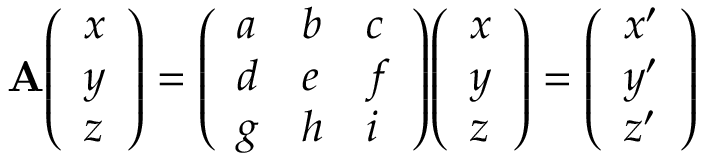
\mathbf { A } { \left( \begin{array} { l } { x } \\ { y } \\ { z } \end{array} \right) } = { \left( \begin{array} { l l l } { a } & { b } & { c } \\ { d } & { e } & { f } \\ { g } & { h } & { i } \end{array} \right) } { \left( \begin{array} { l } { x } \\ { y } \\ { z } \end{array} \right) } = { \left( \begin{array} { l } { x ^ { \prime } } \\ { y ^ { \prime } } \\ { z ^ { \prime } } \end{array} \right) }